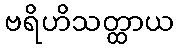
ဗရိဟိသတ္ထာယ